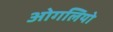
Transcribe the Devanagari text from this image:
ओगलियो